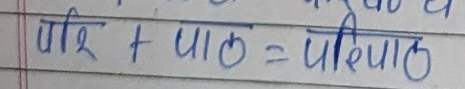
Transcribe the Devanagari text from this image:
परि + पाठ = परिपाठ